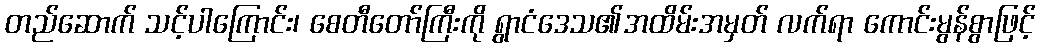
တည်ဆောက် သင့်ပါကြောင်း၊ စေတီတော်ကြီးကို ရွာငံဒေသ၏အထိမ်းအမှတ် လက်ရာ ကောင်းမွန်စွာဖြင့်